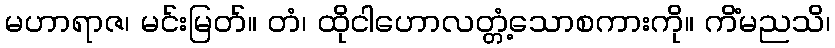
မဟာရာဇ၊ မင်းမြတ်။ တံ၊ ထိုငါဟောလတ္တံ့သောစကားကို။ ကိံမညသိ၊